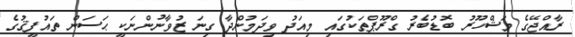
ރާއްޖޭގެ މަޝްހޫރު ބޮޑުބެރު ގްރޫޕްތަކުގައި މިއަދު ވިދަމުންދާ ގިނަ ޒުވާނުންނަކީ ޙަސަން ތައުފީޤުގެ